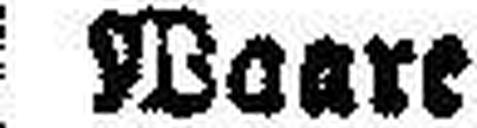
Waare